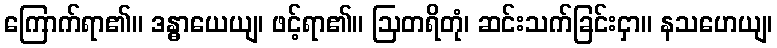
ကြောက်ရာ၏။ ဒန္ဓာယေယျ၊ ဖင့်ရာ၏။ ဩတရိတုံ၊ ဆင်းသက်ခြင်းငှာ။ နသဟေယျ၊